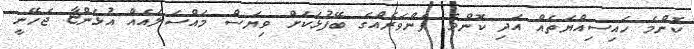
ކޮންމެ ހައިސިއްޔަތެއް އަދި ކޮންމެ ފެންވަރެއްގެ ބޭފުޅަކަށް ވިޔަސް މައްސަލައެއް އުޅެންޏާ ޖެހޭނީ